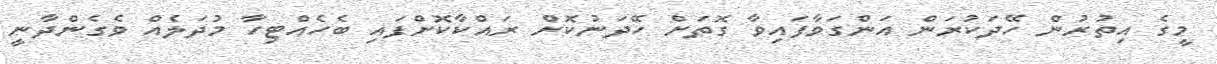
މީގެ އިތުރުން ހޭދަކުރަން އަންގަވާފައިވާ ގޮތަށް ހޭދަނުކޮށް ރައްކާކޮށްފައި ބެހެއްޓިހާ މުދަލެއް ވެގެންދާނީ